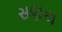
સણકા